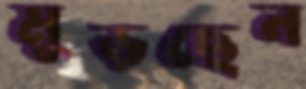
মুড়ছেন